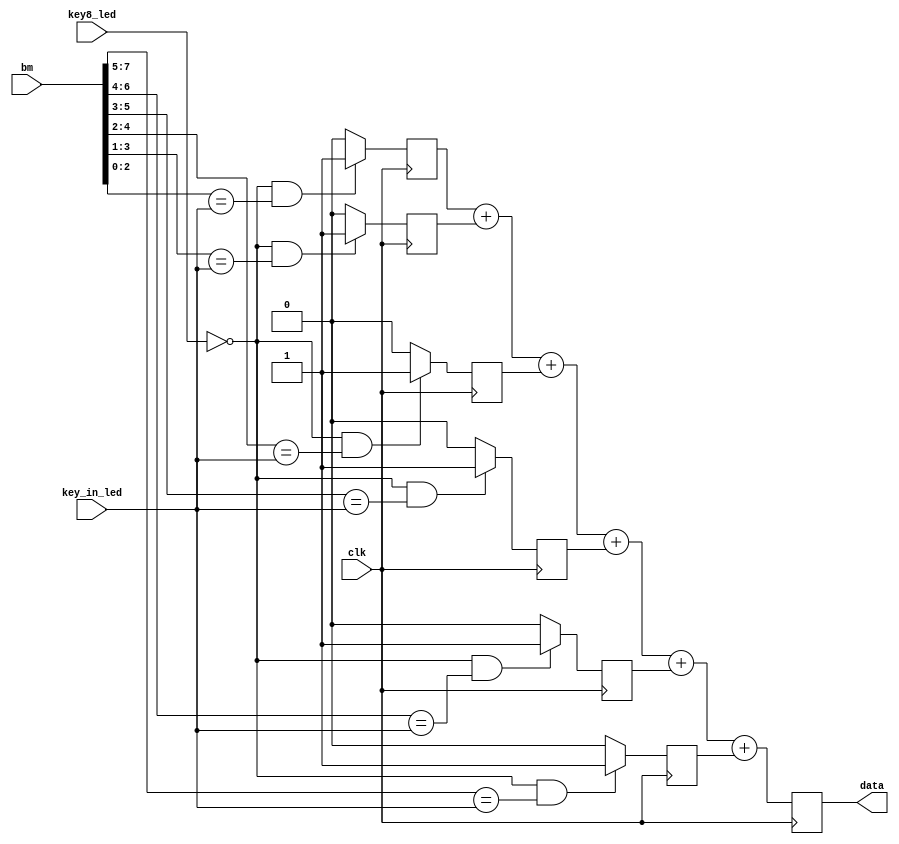
`timescale 1ns / 1ps
//////////////////////////////////////////////////////////////////////////////////
// Company: Myminieye
// 
// Design Name: 
// Module Name: key_control
// Project Name: 
// Target Devices: 
// Tool Versions: 
// Description: 
// 
// 
// Revision: v1.0
// Revision 0.01 - File Created
// Additional Comments:
// 
//////////////////////////////////////////////////////////////////////////////////
`define UD #1
module seq_det
(
	input clk,
	input key8_led,//
	input [2:0]key_in_led,//
	input [7:0]bm,//
	output reg [3:0]data
);

reg [5:0]flag;

always @(posedge clk)
begin
	if(!key8_led&&bm[7:5]==key_in_led)
		flag[0] <= `UD 1'b1;
	else 
		flag[0] <= `UD 1'b0;
end 

always @(posedge clk)
begin
	if(!key8_led&&bm[6:4]==key_in_led)
		flag[1] <= `UD 1'b1;
	else 
		flag[1] <= `UD 1'b0;
end 

always @(posedge clk)
begin
	if(!key8_led&&bm[5:3]==key_in_led)
		flag[2] <= `UD 1'b1;
	else 
		flag[2] <= `UD 1'b0;
end 

always @(posedge clk)
begin
	if(!key8_led&&bm[4:2]==key_in_led)
		flag[3] <= `UD 1'b1;
	else 
		flag[3] <= `UD 1'b0;
end 

always @(posedge clk)
begin
	if(!key8_led&&bm[3:1]==key_in_led)
		flag[4] <= `UD 1'b1;
	else 
		flag[4] <= `UD 1'b0;
end 

always @(posedge clk)
begin
	if(!key8_led&&bm[2:0]==key_in_led)
		flag[5] <= `UD 1'b1;
	else 
		flag[5] <= `UD 1'b0;
end 

always @(posedge clk)
begin
	data <= `UD flag[5] + flag[4] + flag[3] + flag[2] + flag[1] + flag[0]; 
end 

/*
always @(posedge clk)
begin
	if(!key8_led&&bm[7:5]==key_in_led)
		data <= `UD data + 1'b1;
	else if (!key8_led&&bm[6:4]==key_in_led)
		data <= `UD data + 1'b1;
	else if(!key8_led&&bm[5:3]==key_in_led)
		data <= `UD data + 1'b1;
	else if(!key8_led&&bm[4:2]==key_in_led)
		data <= `UD data + 1'b1;	
	else if(!key8_led&&bm[3:1]==key_in_led)
		data <= `UD data + 1'b1;	
	else if(!key8_led&&bm[2:0]==key_in_led)
		data <= `UD data + 1'b1;	
	else if(!key8_led)
		data <= `UD data;			
	else
		data <= `UD 4'd0;
end 
*/

endmodule